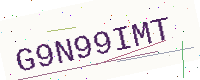
Text: G9N99IMT